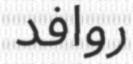
روافد